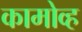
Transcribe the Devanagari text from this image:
कामोव्ह